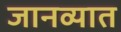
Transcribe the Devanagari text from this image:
जानव्यात